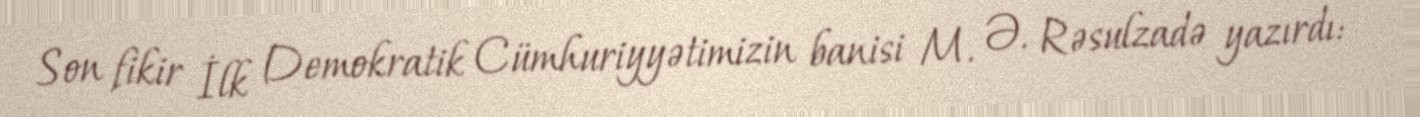
Son fikir İlk Demokratik Cümhuriyyətimizin banisi M. Ə. Rəsulzadə yazırdı: